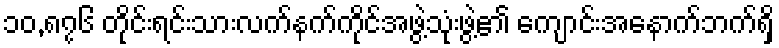
၁၀,၈၇၆ တိုင်းရင်းသားလက်နက်ကိုင်အဖွဲ့သုံးဖွဲ့၏ ကျောင်းအနောက်ဘက်ရှိ